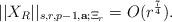
LaTeX: \begin{align*}||X_{R}||_{s,r,p-1,\mathbf{a};\Xi_r}=O(r^{\frac74}).\end{align*}